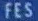
FES